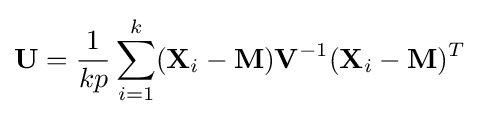
\mathbf {U} ={\frac {1}{kp}}\sum _{i=1}^{k}(\mathbf {X} _{i}-\mathbf {M} )\mathbf {V} ^{-1}(\mathbf {X} _{i}-\mathbf {M} )^{T}